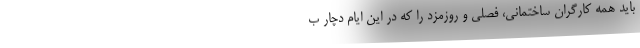
باید همه کارگران ساختمانی، فصلی و روزمزد را که در این ایام دچار ب